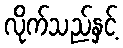
လိုက်သည်နှင့်